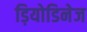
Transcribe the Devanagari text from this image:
ड़ियोडिनेज